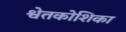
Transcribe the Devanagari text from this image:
श्वेतकोशिका